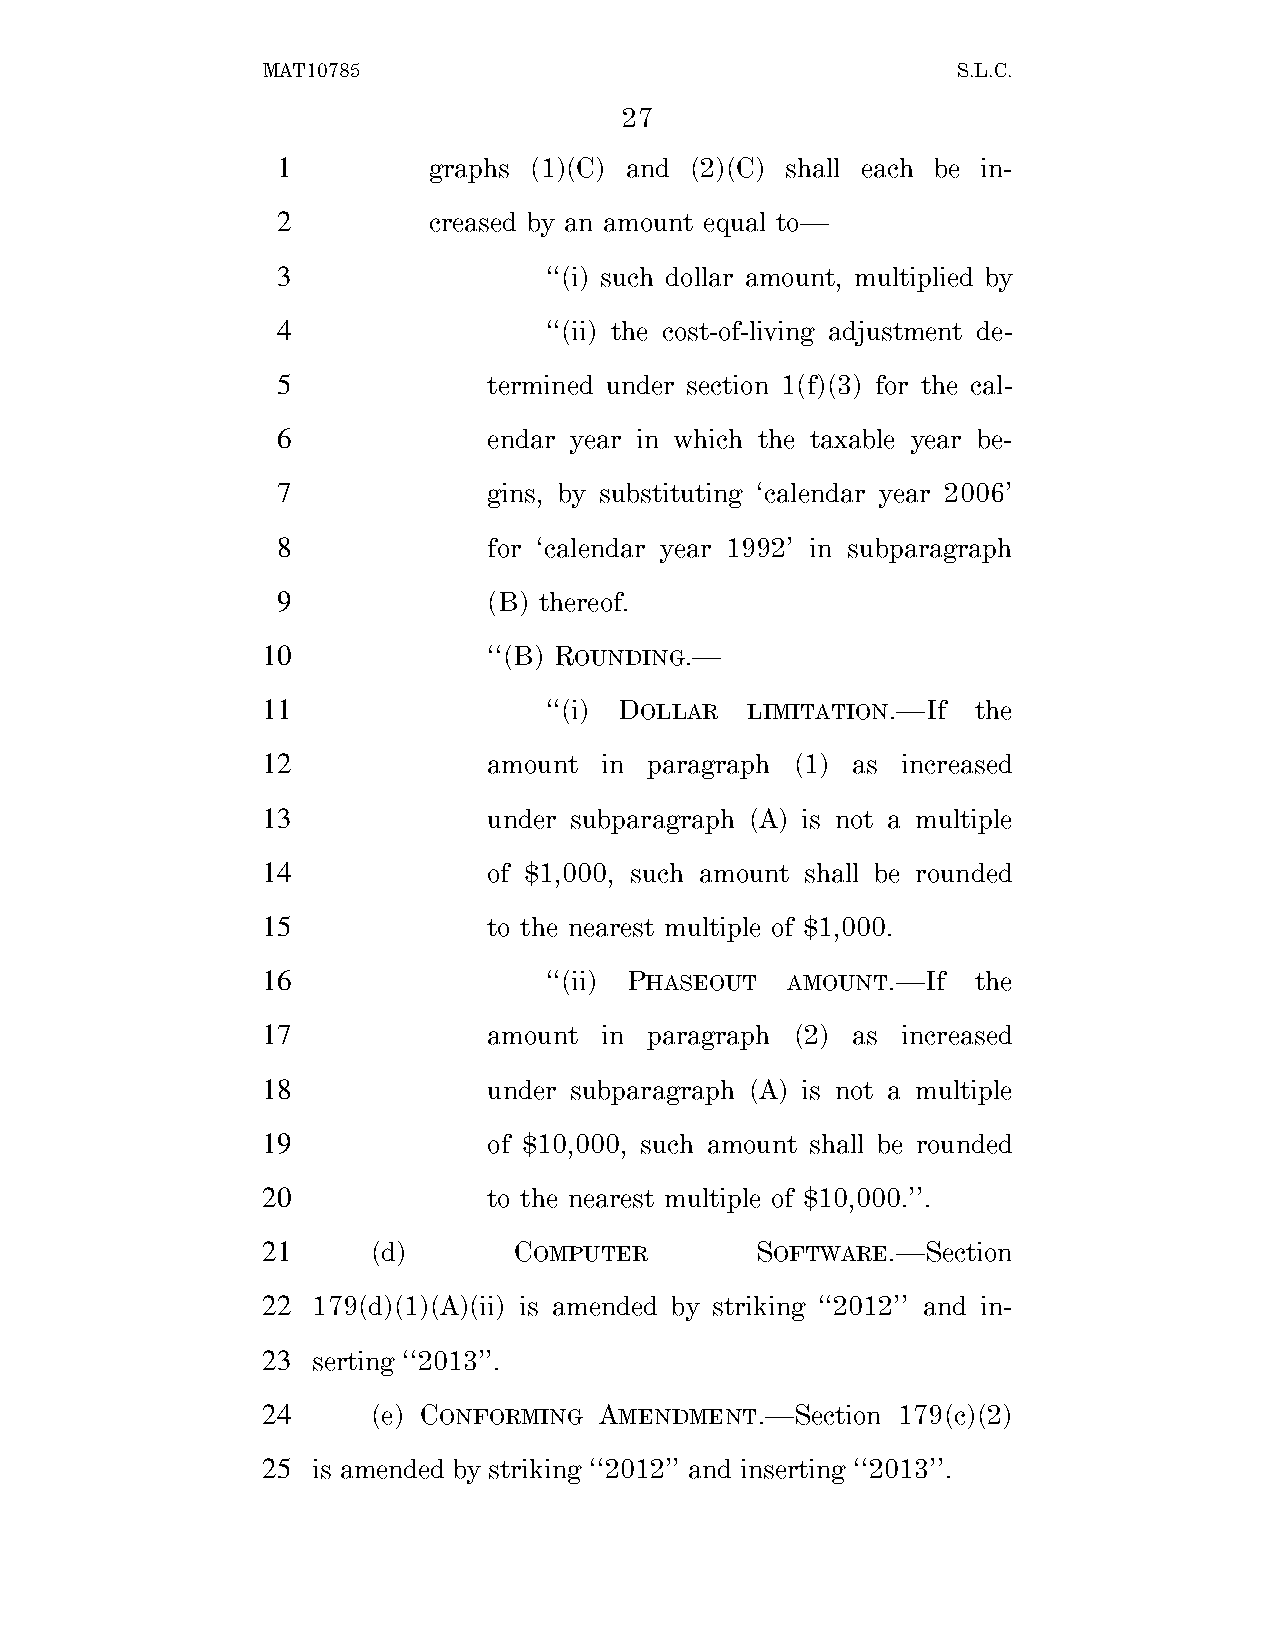
MAT10785                                      S.L.C.
 27
 1         graphs (1)(C) and (2)(C) shall each be in-
 2         creased by an amount equal to—
 3                 ‘‘(i) such dollar amount, multiplied by
 4                 ‘‘(ii) the cost-of-living adjustment de-
 5             termined under section 1(f)(3) for the cal-
 6             endar year in which the taxable year be-
 7             gins, by substituting ‘calendar year 2006’
 8             for ‘calendar year 1992’ in subparagraph
 9             (B) thereof.
 10             ‘‘(B) ROUNDING.—
 11                 ‘‘(i) DOLLAR LIMITATION.—If  the
 12             amount  in paragraph (1) as increased
 13             under subparagraph (A) is not a multiple
 14             of $1,000, such amount shall be rounded
 15             to the nearest multiple of $1,000.
 16                 ‘‘(ii) PHASEOUT AMOUNT.—If   the
 17             amount  in paragraph (2) as increased
 18             under subparagraph (A) is not a multiple
 19             of $10,000, such amount shall be rounded
 20             to the nearest multiple of $10,000.’’.
 21      (d)      COMPUTER        SOFTWARE.—Section
 22  179(d)(1)(A)(ii) is amended by striking ‘‘2012’’ and in-
 23  serting ‘‘2013’’.
 24      (e) CONFORMING AMENDMENT.—Section 179(c)(2)
 25  is amended by striking ‘‘2012’’ and inserting ‘‘2013’’.